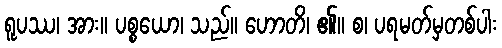
ရူပဿ၊ အား။ ပစ္စယော၊ သည်။ ဟောတိ၊ ၏။ စ၊ ပရမတ်မှတစ်ပါး